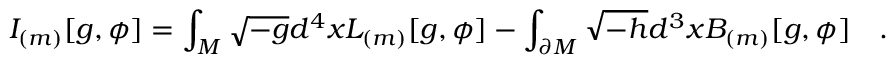
I _ { ( m ) } [ g , \phi ] = \int _ { \cal M } \sqrt { - g } d ^ { 4 } x L _ { ( m ) } [ g , \phi ] - \int _ { \partial { \cal M } } \sqrt { - h } d ^ { 3 } x B _ { ( m ) } [ g , \phi ] ~ ~ ~ .